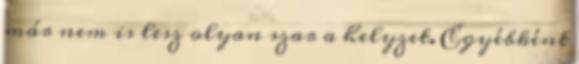
már nem is lesz olyan szar a helyzet. Egyébként